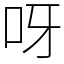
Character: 呀